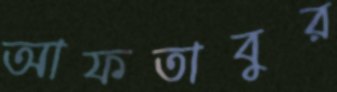
আফতাবুর